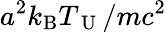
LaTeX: a^{2}k_{\mathrm{B}}T_{\mathrm{~U~}}/mc^{2}